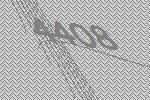
4408